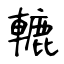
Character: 轆